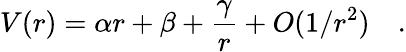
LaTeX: V(r)=\alpha r+\beta+{\frac{\gamma}{r}}+O(1/r^{2})\quad.